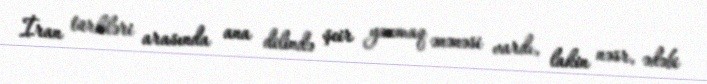
İran türkləri arasında ana dilində şeir yazmaq ənənəsi vardı, lakin nəsr, ədəbi